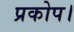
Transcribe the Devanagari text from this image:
प्रकोप।